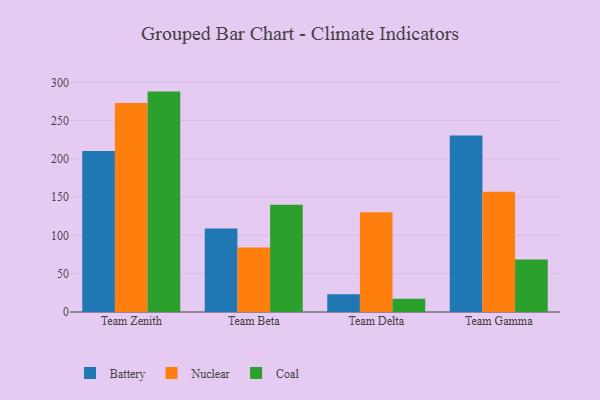
{"axis": {"x": "Team", "y": "Headcount"}, "legend": ["Battery", "Coal", "Nuclear"], "data": [{"x": "Team Zenith", "y": 210.3, "type": "Battery"}, {"x": "Team Zenith", "y": 273.0, "type": "Nuclear"}, {"x": "Team Zenith", "y": 287.9, "type": "Coal"}, {"x": "Team Beta", "y": 109.0, "type": "Battery"}, {"x": "Team Beta", "y": 84.4, "type": "Nuclear"}, {"x": "Team Beta", "y": 140.0, "type": "Coal"}, {"x": "Team Delta", "y": 23.1, "type": "Battery"}, {"x": "Team Delta", "y": 130.2, "type": "Nuclear"}, {"x": "Team Delta", "y": 17.3, "type": "Coal"}, {"x": "Team Gamma", "y": 230.5, "type": "Battery"}, {"x": "Team Gamma", "y": 157.1, "type": "Nuclear"}, {"x": "Team Gamma", "y": 68.7, "type": "Coal"}]}